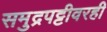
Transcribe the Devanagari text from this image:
समुद्रपट्टीवरही